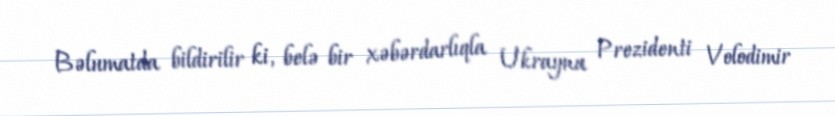
Bəlumatda bildirilir ki, belə bir xəbərdarlıqla Ukrayna Prezidenti Volodimir